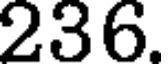
236.